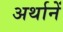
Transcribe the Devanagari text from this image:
अर्थानें